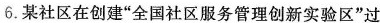
6.某社区在创建“全国社区服务管理创新实验区“过